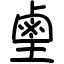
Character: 𪉖